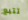
تتبع